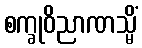
စက္ခုဝိညာဏသ္မိံ